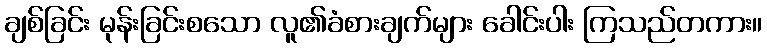
ချစ်ခြင်း မုန်းခြင်းစသော လူ၏ခံစားချက်များ ခေါင်းပါး ကြသည်တကား။